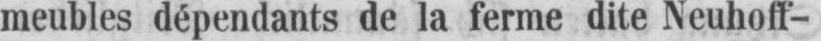
meubles dépendants de la ferme dite Neuhoff-